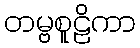
တမ္ဗစူဠိကာ